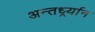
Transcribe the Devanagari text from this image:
अन्तर्ध्र्यान